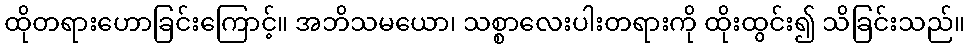
ထိုတရားဟောခြင်းကြောင့်။ အဘိသမယော၊ သစ္စာလေးပါးတရားကို ထိုးထွင်း၍ သိခြင်းသည်။